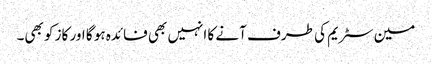
مین سٹریم کی طرف آنے کا انہیں بھی فائدہ ہو گا اور کاز کو بھی۔